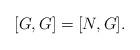
LaTeX: \begin{align*}[G, G] = [N, G].\end{align*}